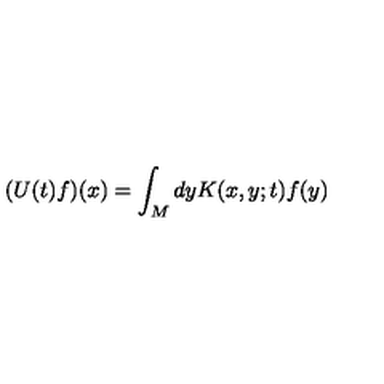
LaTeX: ( U ( t ) f ) ( x ) = \int _ { M } d y K ( x , y ; t ) f ( y )